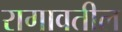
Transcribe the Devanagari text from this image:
रागावतील